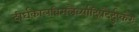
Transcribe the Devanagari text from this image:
दीर्घकालविमलैर्व्यादिप्रदैर्दुष्करैः